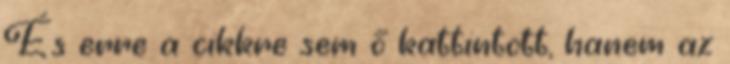
És erre a cikkre sem ő kattintott, hanem az